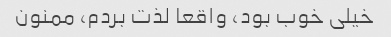
خیلی خوب بود، واقعا لذت بردم، ممنون